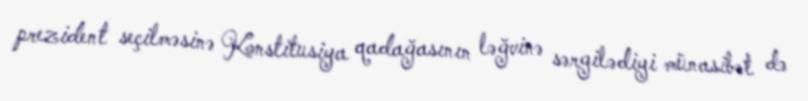
prezident seçilməsinə Konstitusiya qadağasının ləğvinə sərgilədiyi münasibət də